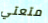
متعتي